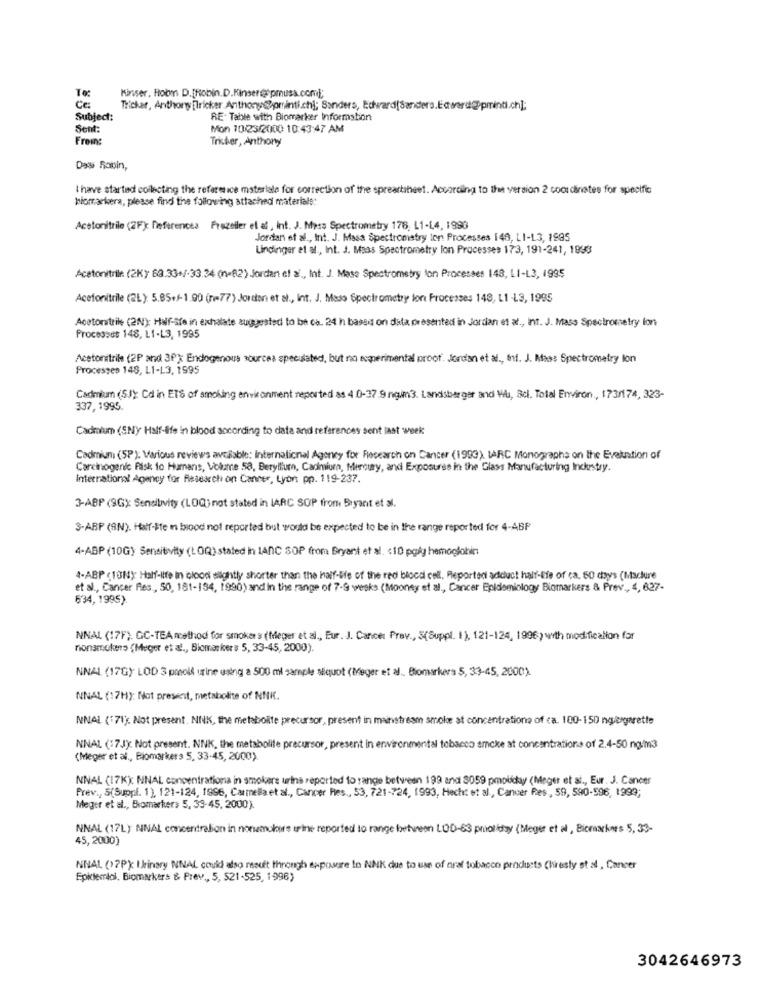
To:
Kinser, Hobm D.[Robin.D.Kinser@opmuss.com];
Ce
Tricker, Anthony Elricker Anthony@ominti.ch); Sanders, Edward[Sanders.Edward@Ppminti.ch];
Subject:
RE. Table with Biomarker Information
Sent:
Mon 10/23/2000 10:43:47 AM
Freins
Tricher, Anthony
Das Robin,
I have started collecting the refere ice materiale for correction of the spreartsheet. According to the version 2 coordinates for specific
biomarkera, please find the following attached materials:
Acetonitrile (2F) Referencia Frazeller el af, Int. J. Nyss Spectrometry 176, L1-L4, 1996
Jordan et al ., Int. J. Masa Spectrometry len Processes 149, L1-L3, 1995
Lindinger et al ., Int. J. Maas Spectrometry lon Processes 173, 191-241, 1998
Acetonitril: (2K) 63.33+/-33.34 (n=82) Jordan ef &, Int. J. Mase Spectrometry on Processes 148, L1-L3, 1995
Acetonitrile (2L): 5.85+/-1.00 (n=77) Jordan et al ., Int. J. Maso Spectrometry lon Processes 148, L1 -L3, 1995
Acetonatrike (2N): Half-ste in exhalate suggested to be ca. 24 h based on data presented in Jordan et al ., int. J. Mass Spectrometry lon
Processos 148, L1-L3, 1995
Acetonitrile (2P and 3Px; Endogenous sourcea speculated, but no experimental proof. Jordan et al ., inf. J. Mass Spectrometry lon
Processes 148, L1-L3, 1995
Cadmium (S.J): Cd in ETS of smoking environment reported as 4.0-37.9 ng.im3. Landsberger and Wu, acl. Total Environ ., 173/174, 323-
337,1995.
Cadmium (SNY Half-life in blood according to data and references sent last week
Cadmium (SP): Various reviews avcable: International Agency for Research on Cancer (1993). IARC Monographs on the Evaluation of
Carcinogenic Påsk to Humans, Volume 58, Beryllium, Cadmium, filercury, and Exposurse in the Glass Manufacturing Inckrstry.
International Agency for Research on Cancer, Lyon pp. 119-237.
3-ABP (9G); Sensitivity (LOQ) not stated in IARC SOP from Suyant et al.
3-ABP (9N). Half-Bte m blood not reported but would be expected to be in the range reported for 4-ABF
4-ABP (10G) Sensitivity (LOQ) stated in 1ANC SOP from Bryant et al. < 10 poly hemoglobin
4-ABP (10N): Half-life in blood slightly shorter than the half-life of the red blood cell. Reportedi addict half-life of ca. 50 coys (Msclure
et al ., Cancer Res ., 50, 181-194, 1990) and in the range of 7-9 weeks (Mooney et al ., Cancer Epidemiology Biomarkers & Prev, 4, 627-
634, 1995).
NNAL (17F). GC-TEA method for smokers (Meger et al ., Eur. J. Cancer Prev ., S(Suppl. 1), 121-124, 1996) with modification for
nonamukens (Meger et al ., Biomarkers 5, 33-45, 2000).
NNAL (17G) LOD 3 posoll urine using a 500 ml sample siquot (Meger et al. Biomarkers 5, 33-45, 2000).
NNAL (17H): Not present, metabolite of NNK.
NNAL (171; Not present. NNK, the metabolite precursor, present in mainstream smoke at concentrations of ca. 100-150 ngergarette
NNAL (17J): Not present. NNK, the metabolite precursor, present in environmental tobacco amcke at concentrations of 2.4-50 ng/m3
(Meger et al ., Biomarkers 5, 33-45, 2000)
NNAL (17K); NNAL concentrationa in smokere urina reported to range between 199 and 3059 pmoliday (Meger et si, Eur. J. Cancer
Prev ., S(Suppl. 1), 121-124, 1996, Carmella et al ., Cancer Res ., 53, 721-724, 1993, Hecht et al ., Cancer Res ., 59, 590-596, 1999;
Meger et al ., Biomarkers 5, 39-45, 2000)
NNAL (17L) NNAL concentration in nonemulours urine reported to range between LOD-63 pmoliday (Meger et al , Bicmarionrs 5, 33-
45, 2000)
NNAL (>7PX Urinary NNAL could also maut through exposure In NNK due to use of araf tobacco products Chiresty st al , Cancer
Epidemiol, Biomarkers & Prev ., 5, 521-525, 1996)
3042646973